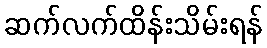
ဆက်လက်ထိန်းသိမ်းရန်